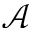
\mathcal { A }